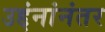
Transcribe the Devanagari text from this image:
उद्दंनांनंतर